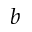
b